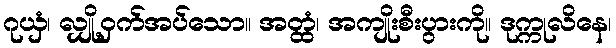
ဂုယှံ၊ လျှို့ဝှက်အပ်သော။ အတ္ထံ၊ အကျိုးစီးပွားကို။ ဒုက္ကုလိနေ၊